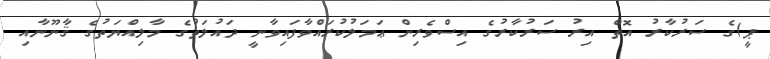
ޕީ)ގެ ސަރުކާރު އޮތް އިރު ސަރުކާރުގެ އިސްވެރިން ޢަމަލުކުރައްވާފައިވާނީ ދައުލަތުގެ މާލިއްޔަތުގެ ޤާނޫނާއި